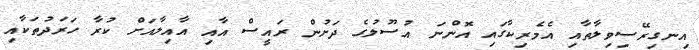
އިނގިރޭސިވިލާތާއި އެމެރިކާގައި އޮންނަ އުސޫލުގެ ދަށުން ރައީސް އާއި އާއިލާއަށް ކުރާ ހަރަދުތަކާއި